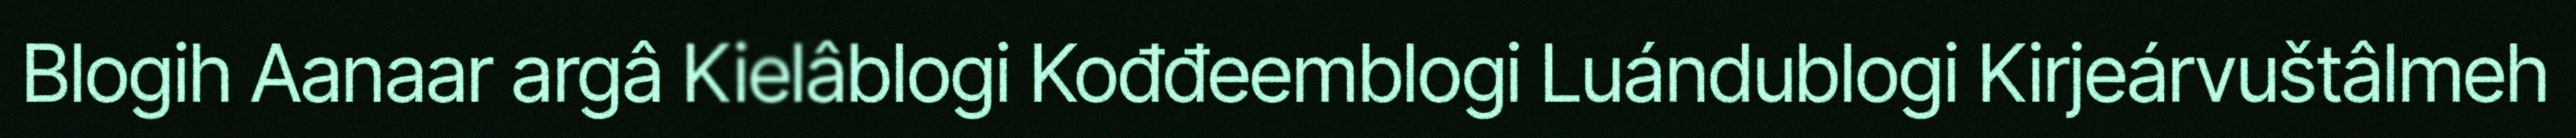
Blogih Aanaar argâ Kielâblogi Kođđeemblogi Luándublogi Kirjeárvuštâlmeh